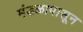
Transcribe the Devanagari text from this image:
मंडळापासून